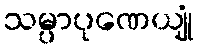
သမ္ပာပုဏေယျုံ